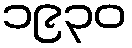
၁၉၃၀